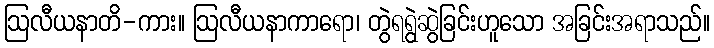
ဩလီယနာတိ-ကား။ ဩလီယနာကာရော၊ တွဲရရွဲဆွဲခြင်းဟူသော အခြင်းအရာသည်။